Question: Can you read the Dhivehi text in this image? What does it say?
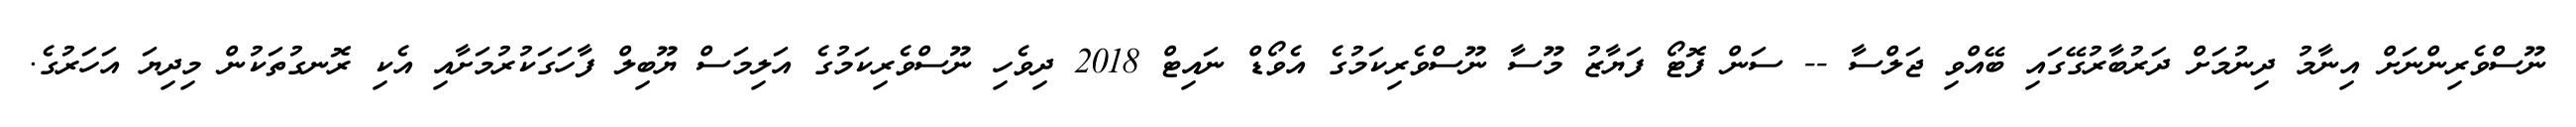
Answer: ނޫސްވެރިންނަށް އިނާމު ދިނުމަށް ދަރުބާރުގޭގައި ބޭއްވި ޖަލްސާ -- ސަން ފޮޓޯ ފަޔާޒު މޫސާ ނޫސްވެރިކަމުގެ އެވޯޑް ނައިޓް 2018 ދިވެހި ނޫސްވެރިކަމުގެ އަލިމަސް ޔޫބިލް ފާހަގަކުރުމަށާއި އެކި ރޮނގުތަކުން މިދިޔަ އަހަރުގެ.